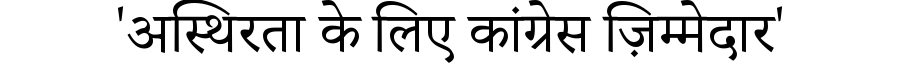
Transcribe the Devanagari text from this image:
'अस्थिरता के लिए कांग्रेस ज़िम्मेदार'